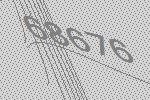
68676